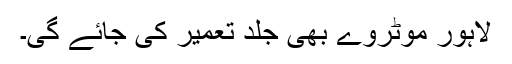
لاہور موٹروے بھی جلد تعمیر کی جائے گی۔